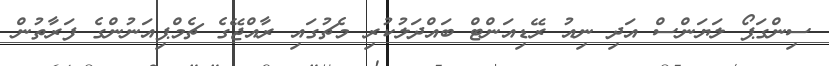
ސިންގަޕޯ ލަޔަންސް އަދި ނިއު ރޭޑިއަންޓް ބައްދަލުކުރި މެޗުގައި ރާއްޖޭގެ ޗެމްޕިއަނުންގެ ފަރާތުން